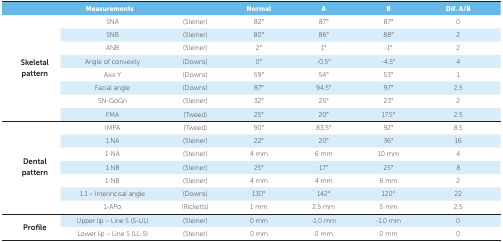
<table><thead><tr><td><b> </b></td><td><b>Measurements</b></td><td><b> </b></td><td><b>Normal</b></td><td><b>A</b></td><td><b>B</b></td><td><b>Dif. A/B</b></td></tr></thead><tbody><tr><td rowspan="8">Skeletal pattern</td><td>SNA</td><td>(Steiner)</td><td>82°</td><td>87°</td><td>87°</td><td>0</td></tr><tr><td>SNB</td><td>(Steiner)</td><td>80°</td><td>86°</td><td>88°</td><td>2</td></tr><tr><td>ANB</td><td>(Steiner)</td><td>2°</td><td>1°</td><td>-1°</td><td>2</td></tr><tr><td>Angle of convexity</td><td>(Downs)</td><td>0°</td><td>-0.5°</td><td>-4.5°</td><td>4</td></tr><tr><td>Axis Y</td><td>(Downs)</td><td>59°</td><td>54°</td><td>53°</td><td>1</td></tr><tr><td>Facial angle</td><td>(Downs)</td><td>87°</td><td>94.5°</td><td>97°</td><td>2.5</td></tr><tr><td>SN-GoGn</td><td>(Steiner)</td><td>32°</td><td>25°</td><td>23°</td><td>2</td></tr><tr><td>FMA</td><td>(Tweed)</td><td>25°</td><td>20°</td><td>17.5°</td><td>2.5</td></tr><tr><td rowspan="7">Dental pattern</td><td>IMPA</td><td>(Tweed)</td><td>90°</td><td>83.5°</td><td>92°</td><td>8.5</td></tr><tr><td>1.NA</td><td>(Steiner)</td><td>22°</td><td>20°</td><td>36°</td><td>16</td></tr><tr><td>1-NA</td><td>(Steiner)</td><td>4 mm</td><td>6 mm</td><td>10 mm</td><td>4</td></tr><tr><td>1.NB</td><td>(Steiner)</td><td>25°</td><td>17°</td><td>25°</td><td>8</td></tr><tr><td>1-NB</td><td>(Steiner)</td><td>4 mm</td><td>4 mm</td><td>6 mm</td><td>2</td></tr><tr><td>1.1 – Interincisal angle</td><td>(Downs)</td><td>130°</td><td>142°</td><td>120°</td><td>22</td></tr><tr><td>1-APo</td><td>(Ricketts)</td><td>1 mm</td><td>2.5 mm</td><td>5 mm</td><td>2.5</td></tr><tr><td rowspan="2">Profile</td><td>Upper lip – Line S(S-UL)</td><td>(Steiner)</td><td>0 mm</td><td>-1.0 mm</td><td>-1.0 mm</td><td>0</td></tr><tr><td>Lower lip – Line S (LL-S)</td><td>(Steiner)</td><td>0 mm</td><td>0 mm</td><td>0 mm</td><td>0</td></tr></tbody></table>